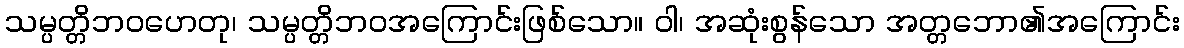
သမ္ပတ္တိဘဝဟေတု၊ သမ္ပတ္တိဘဝအကြောင်းဖြစ်သော။ ဝါ၊ အဆုံးစွန်သော အတ္တဘော၏အကြောင်း